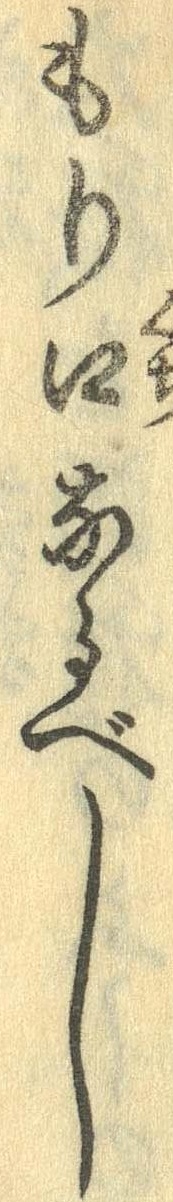
もり口なるべし